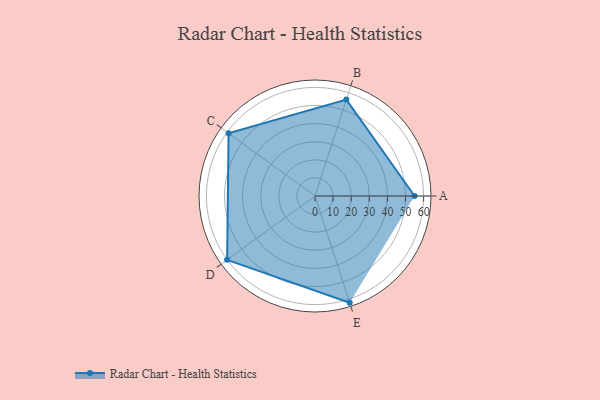
{"axis": {"x": "Skill", "y": "Score"}, "legend": ["Profile"], "data": [{"x": "A", "y": 55.0, "type": "Profile"}, {"x": "B", "y": 56.0, "type": "Profile"}, {"x": "C", "y": 59.0, "type": "Profile"}, {"x": "D", "y": 60.0, "type": "Profile"}, {"x": "E", "y": 62.0, "type": "Profile"}]}